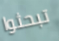
تبحثوا